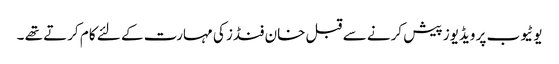
یوٹیوب پر ویڈیوز پیش کرنے سے قبل خان فنڈز کی مہارت کے لئے کام کرتے تھے ۔